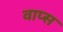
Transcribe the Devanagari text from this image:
वाप्स